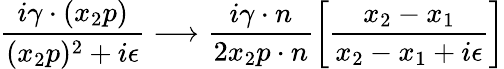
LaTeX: \frac{i\gamma\cdot(x_{2}p)}{(x_{2}p)^{2}+i\epsilon}\longrightarrow\frac{i\gamma\cdot n}{2x_{2}p\cdot n}\left[\frac{x_{2}-x_{1}}{x_{2}-x_{1}+i\epsilon}\right]